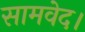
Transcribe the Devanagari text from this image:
सामवेद।